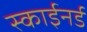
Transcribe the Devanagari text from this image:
स्काईनर्ड